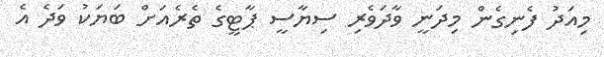
މިއަދު ފެނިގެން މިދަނީ ވާދަވެރި ސިޔާސީ ޕާޓީގެ ތެރެއަށް ބަޔަކު ވަދެ އެ